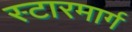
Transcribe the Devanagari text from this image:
स्टारमार्ग